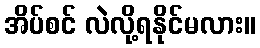
အိပ်စင် လဲလို့ရနိုင်မလား။